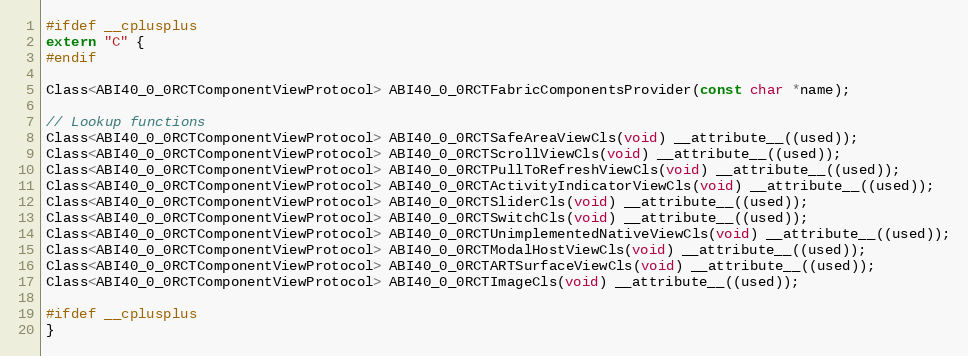
Language: C
#ifdef __cplusplus
extern "C" {
#endif

Class<ABI40_0_0RCTComponentViewProtocol> ABI40_0_0RCTFabricComponentsProvider(const char *name);

// Lookup functions
Class<ABI40_0_0RCTComponentViewProtocol> ABI40_0_0RCTSafeAreaViewCls(void) __attribute__((used));
Class<ABI40_0_0RCTComponentViewProtocol> ABI40_0_0RCTScrollViewCls(void) __attribute__((used));
Class<ABI40_0_0RCTComponentViewProtocol> ABI40_0_0RCTPullToRefreshViewCls(void) __attribute__((used));
Class<ABI40_0_0RCTComponentViewProtocol> ABI40_0_0RCTActivityIndicatorViewCls(void) __attribute__((used));
Class<ABI40_0_0RCTComponentViewProtocol> ABI40_0_0RCTSliderCls(void) __attribute__((used));
Class<ABI40_0_0RCTComponentViewProtocol> ABI40_0_0RCTSwitchCls(void) __attribute__((used));
Class<ABI40_0_0RCTComponentViewProtocol> ABI40_0_0RCTUnimplementedNativeViewCls(void) __attribute__((used));
Class<ABI40_0_0RCTComponentViewProtocol> ABI40_0_0RCTModalHostViewCls(void) __attribute__((used));
Class<ABI40_0_0RCTComponentViewProtocol> ABI40_0_0RCTARTSurfaceViewCls(void) __attribute__((used));
Class<ABI40_0_0RCTComponentViewProtocol> ABI40_0_0RCTImageCls(void) __attribute__((used));

#ifdef __cplusplus
}